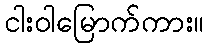
ငါးဝါမြောက်ကား။